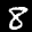
Label: 8